Indian Civil Veterinary Department memoirs
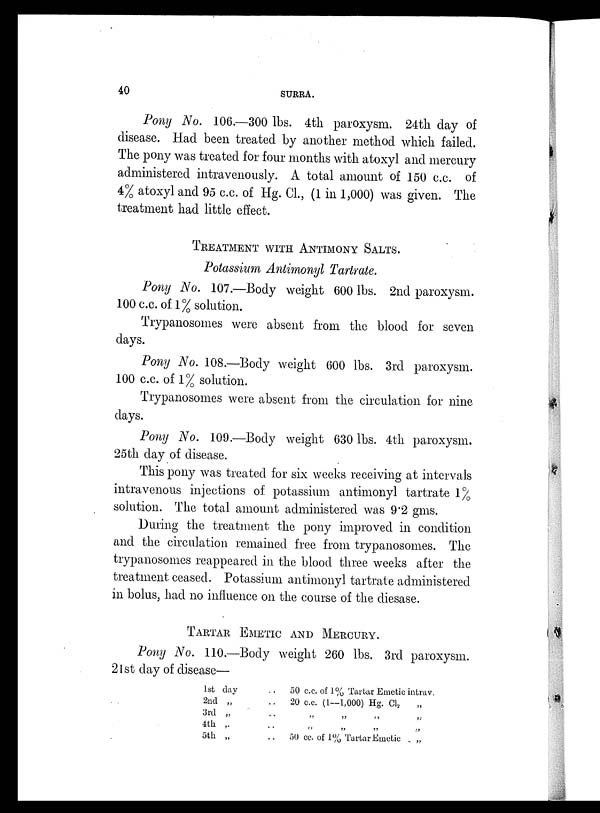
40
SURRA.
Pony No. 106.—300 lbs. 4th paroxysm. 24th day of
disease. Had been treated by another method which failed.
The pony was treated for four months with atoxyl and mercury
administered intravenously. A total amount of 150 c.c. of
4% atoxyl and 95 c.c. of Hg. Cl., (1 in 1,000) was given. The
treatment had little effect.
TREATMENT WITH ANTIMONY SALTS.
Potassium Antimonyl Tartrate.
Pony No. 107.—Body weight 600 lbs. 2nd paroxysm.
100 c.c. of 1% solution.
Trypanosomes were absent from the blood for seven
days.
Pony No. 108.—Body weight 600 lbs. 3rd paroxysm.
100 c.c. of 1% solution.
Trypanosomes were absent from the circulation for nine
days.
Pony No. 109.—Body weight 630 lbs. 4th paroxysm.
25th day of disease.
This pony was treated for six weeks receiving at intervals
intravenous injections of potassium antimonyl tartrate 1%
solution. The total amount administered was 9.2 gms.
During the treatment the pony improved in condition
and the circulation remained free from trypanosomes. The
trypanosomes reappeared in the blood three weeks after the
treatment ceased. Potassium antimonyl tartrate administered
in bolus, had no influence on the course of the diesase.
TARTAR EMETIC AND MERCURY.
Pony No. 110.—Body weight 260 lbs. 3rd paroxysm.
21st day of disease—
1st day
2nd „
3rd „
4th „
5th „
50 c.c. of 1% Tartar Emetic intrav.
20 c.c. (1—1,000) Hg. Cl 2
„ „ „ „
„ „ „ „
50 cc. of 1% Tartar Emetic
„